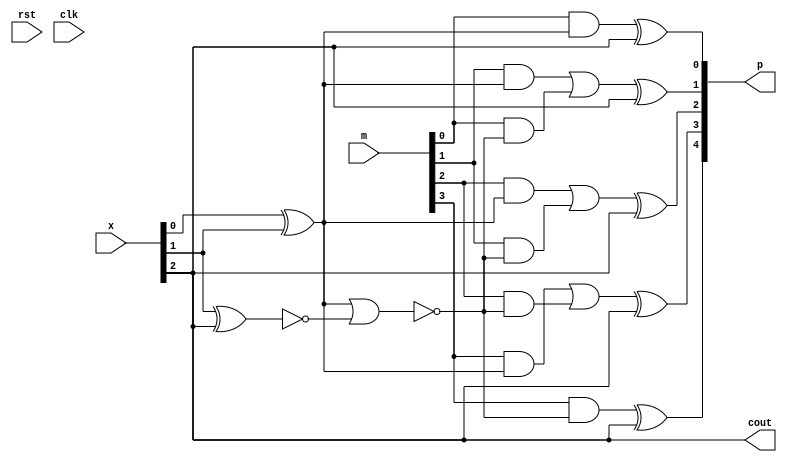
`timescale 1ns / 1ps


module partial_product(x, m, p, rst, clk, cout);

input [2:0] x;
input [3:0] m;
input rst, clk;
output [4:0] p;
output cout;

wire s, d, n;

wire [4:0] p;
wire cout;

assign s = x[0]^x[1];
assign d = ~((x[0]^x[1])|(~(x[1]^x[2])));
assign n = x[2];


assign p[0] = (m[0] & s) ^ (n);
assign p[1] = (((m[1] & s)) | (m[0] & d)) ^ (n);
assign p[2] = (((m[2] & s)) | (m[1] & d)) ^ (n);
assign p[3] = (((m[3] & s)) | (m[2] & d)) ^ (n);
assign p[4] = (m[3] & d) ^ (n);
assign cout = n;





endmodule